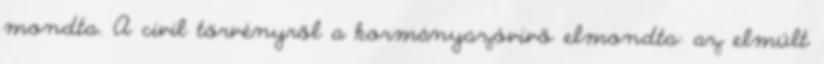
mondta. A civil törvényről a kormányszóvivő elmondta: az elmúlt